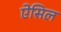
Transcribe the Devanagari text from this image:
ऐसिल